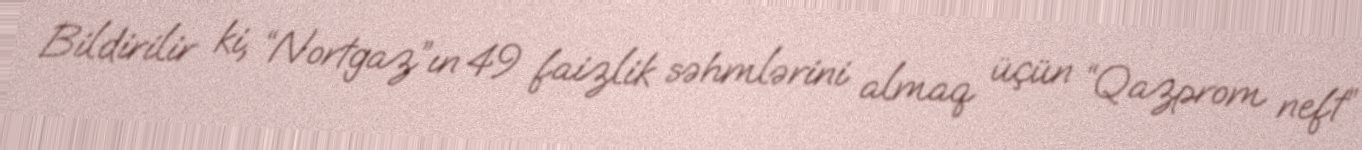
Bildirilir ki, “Nortgaz”ın 49 faizlik səhmlərini almaq üçün “Qazprom neft”